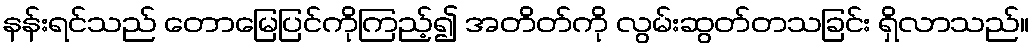
နန်းရင်သည် တောမြေပြင်ကိုကြည့်၍ အတိတ်ကို လွမ်းဆွတ်တသခြင်း ရှိလာသည်။